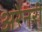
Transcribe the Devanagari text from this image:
अरेनरी